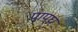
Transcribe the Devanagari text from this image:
पापघ्न